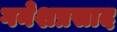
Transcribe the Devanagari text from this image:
गनेशप्रसाद